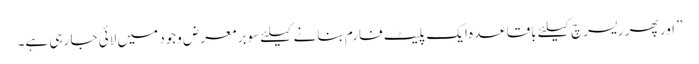
” اور پھر ریسرچ کیلئے باقاعدہ ایک پلیٹ فارم بنانے کیلئے سوبر معرض وجود میں لائی جا رہی ہے۔